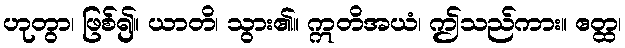
ဟုတွာ၊ ဖြစ်၍။ ယာတိ၊ သွား၏။ ဣတိအယံ၊ ဤသည်ကား။ ဧတ္ထ၊